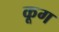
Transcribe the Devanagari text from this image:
कूग